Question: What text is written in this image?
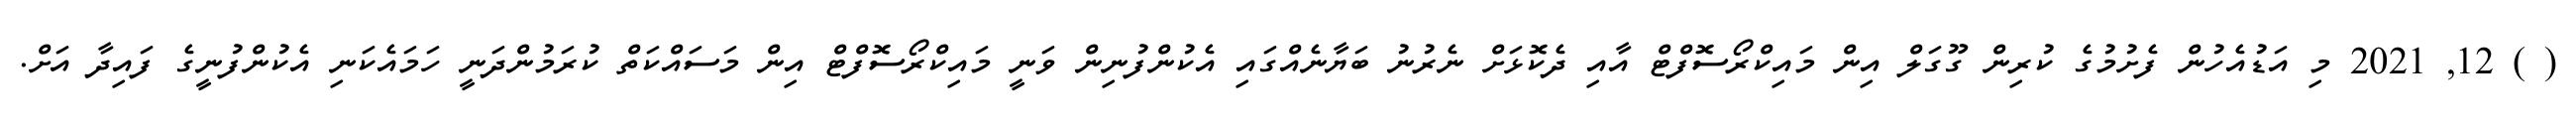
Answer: ( ) 12, 2021 މި އަޑުއެހުން ފެށުމުގެ ކުރިން ގޫގަލް އިން މައިކްރޯސޮފްޓް އާއި ދެކޮޅަށް ނެރުނު ބަޔާނެއްގައި އެކުންފުނިން ވަނީ މައިކްރޯސޮފްޓް އިން މަސައްކަތް ކުރަމުންދަނީ ހަމައެކަނި އެކުންފުނީގެ ފައިދާ އަށް.